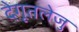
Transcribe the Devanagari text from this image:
देगूतलेजु